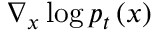
\nabla _ { \boldsymbol { x } } \log p _ { t } \left( \boldsymbol { x } \right)